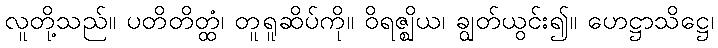
လူတို့သည်။ ပတိတိတ္ထံ၊ တူရူဆိပ်ကို။ ဝိရဇ္ဈိယ၊ ချွတ်ယွင်း၍။ ဟေဋ္ဌာသိဋ္ဌေ၊